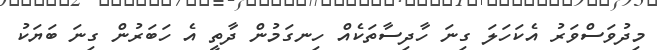
މިދުވަސްވަރު އެކަހަލަ ގިނަ ހާދިސާތަކެއް ހިނގަމުން ދާތީ އެ ހަބަރުން ގިނަ ބަޔަކު